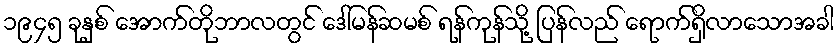
၁၉၄၅ ခုနှစ် အောက်တိုဘာလတွင် ဒေါ်မန်ဆမစ် ရန်ကုန်သို့ ပြန်လည် ရောက်ရှိလာသောအခါ